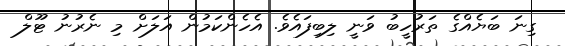
ގިނަ ބަޔެއްގެ ތަރުހީބު ވަނީ ލިބިފައެވެ. އެހެންކަމުން އަލަށް މި ނެރުނު ޓޫލް